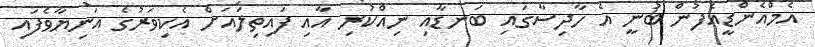
އެމްއެންޑީއެފުން ބުނީ އެ ހާދިސާގައި ބަނޑާއި ނިއްކުރި އާއި ފައިތިލައަށް އެކިވަރުގެ އަނިޔާވެފައި